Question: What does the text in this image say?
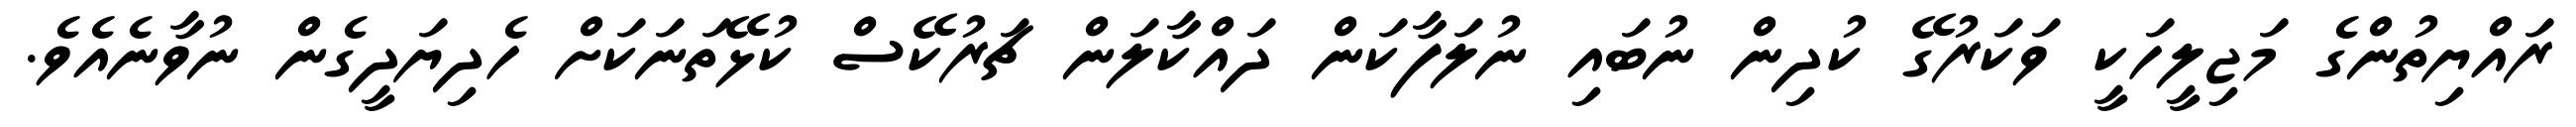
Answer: ރައްޔިތުންގެ މަޖިލީހަކީ ވަކަރުގޭ ކުދިން ނުބައި ނުލަފާކަން ދައްކާލަން ޗަރުކޭސް ކުޅޭތަނަކަށް ހެދިޔަދީގެން ނުވާނެއެވެ.